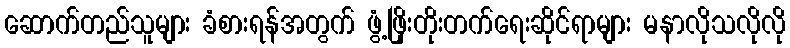
ဆောက်တည်သူများ ခံစားရန်အတွက် ဖွံ့ဖြိုးတိုးတက်ရေးဆိုင်ရာများ မနာလိုသလိုလို